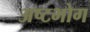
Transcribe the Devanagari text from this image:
अष्टभोग